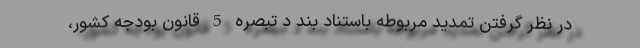
در نظر گرفتن تمدید مربوطه باستناد بند د تبصره 5 قانون بودجه کشور،